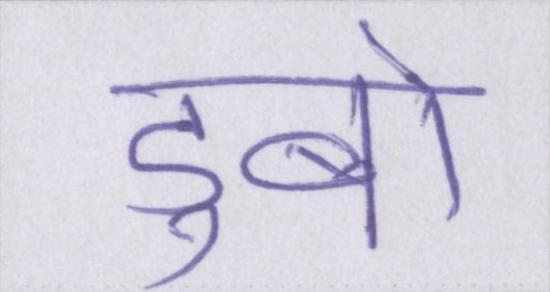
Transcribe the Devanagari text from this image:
डुबो